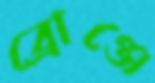
ব্রোঞ্জে